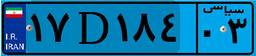
۲۰D۲۳۹۰۹